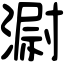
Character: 𣻷